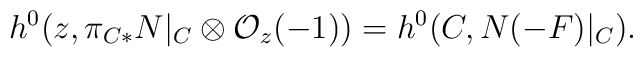
h^{0}(z, \pi_{C*} N|_{C}\otimes {\cal O}_{z}(-1)) = h^{0} (C,N (-F)|_{C}).